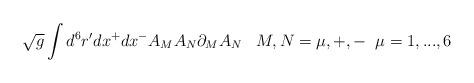
LaTeX: \begin{align*}\sqrt{g}\int d^6r'dx^+dx^- A_{M}A_{N}\partial_{M}A_{N}\;\;\; M,N=\mu, +, - \;\; \mu =1,...,6\end{align*}